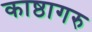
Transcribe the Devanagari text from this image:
काष्ठागरु